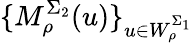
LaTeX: \{ M_{\rho}^{\Sigma_{2}}(u)\} _{u\in W_{\rho}^{\Sigma_{1}}}